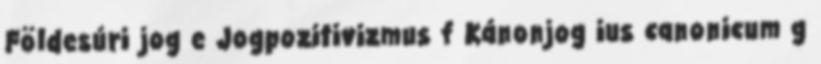
Földesúri jog e Jogpozitivizmus f Kánonjog ius canonicum g